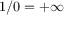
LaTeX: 1 / 0 = + \infty